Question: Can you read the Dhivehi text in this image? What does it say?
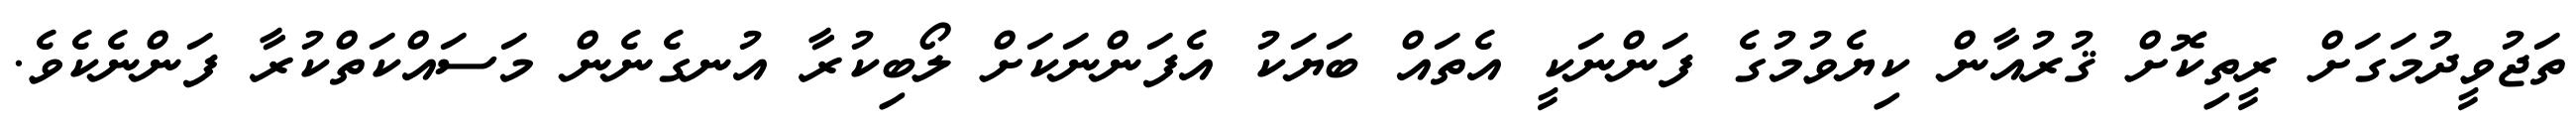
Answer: ތަޖުވީދުމަގަށް ރީތިކޮށް ޤުރުއާން ކިޔެވުމުގެ ފަންނަކީ އެތައް ބަޔަކު އެފަންނަކަށް ލޯބިކުރާ އުނގެނެން މަސައްކަތްކުރާ ފަންނެކެވެ.